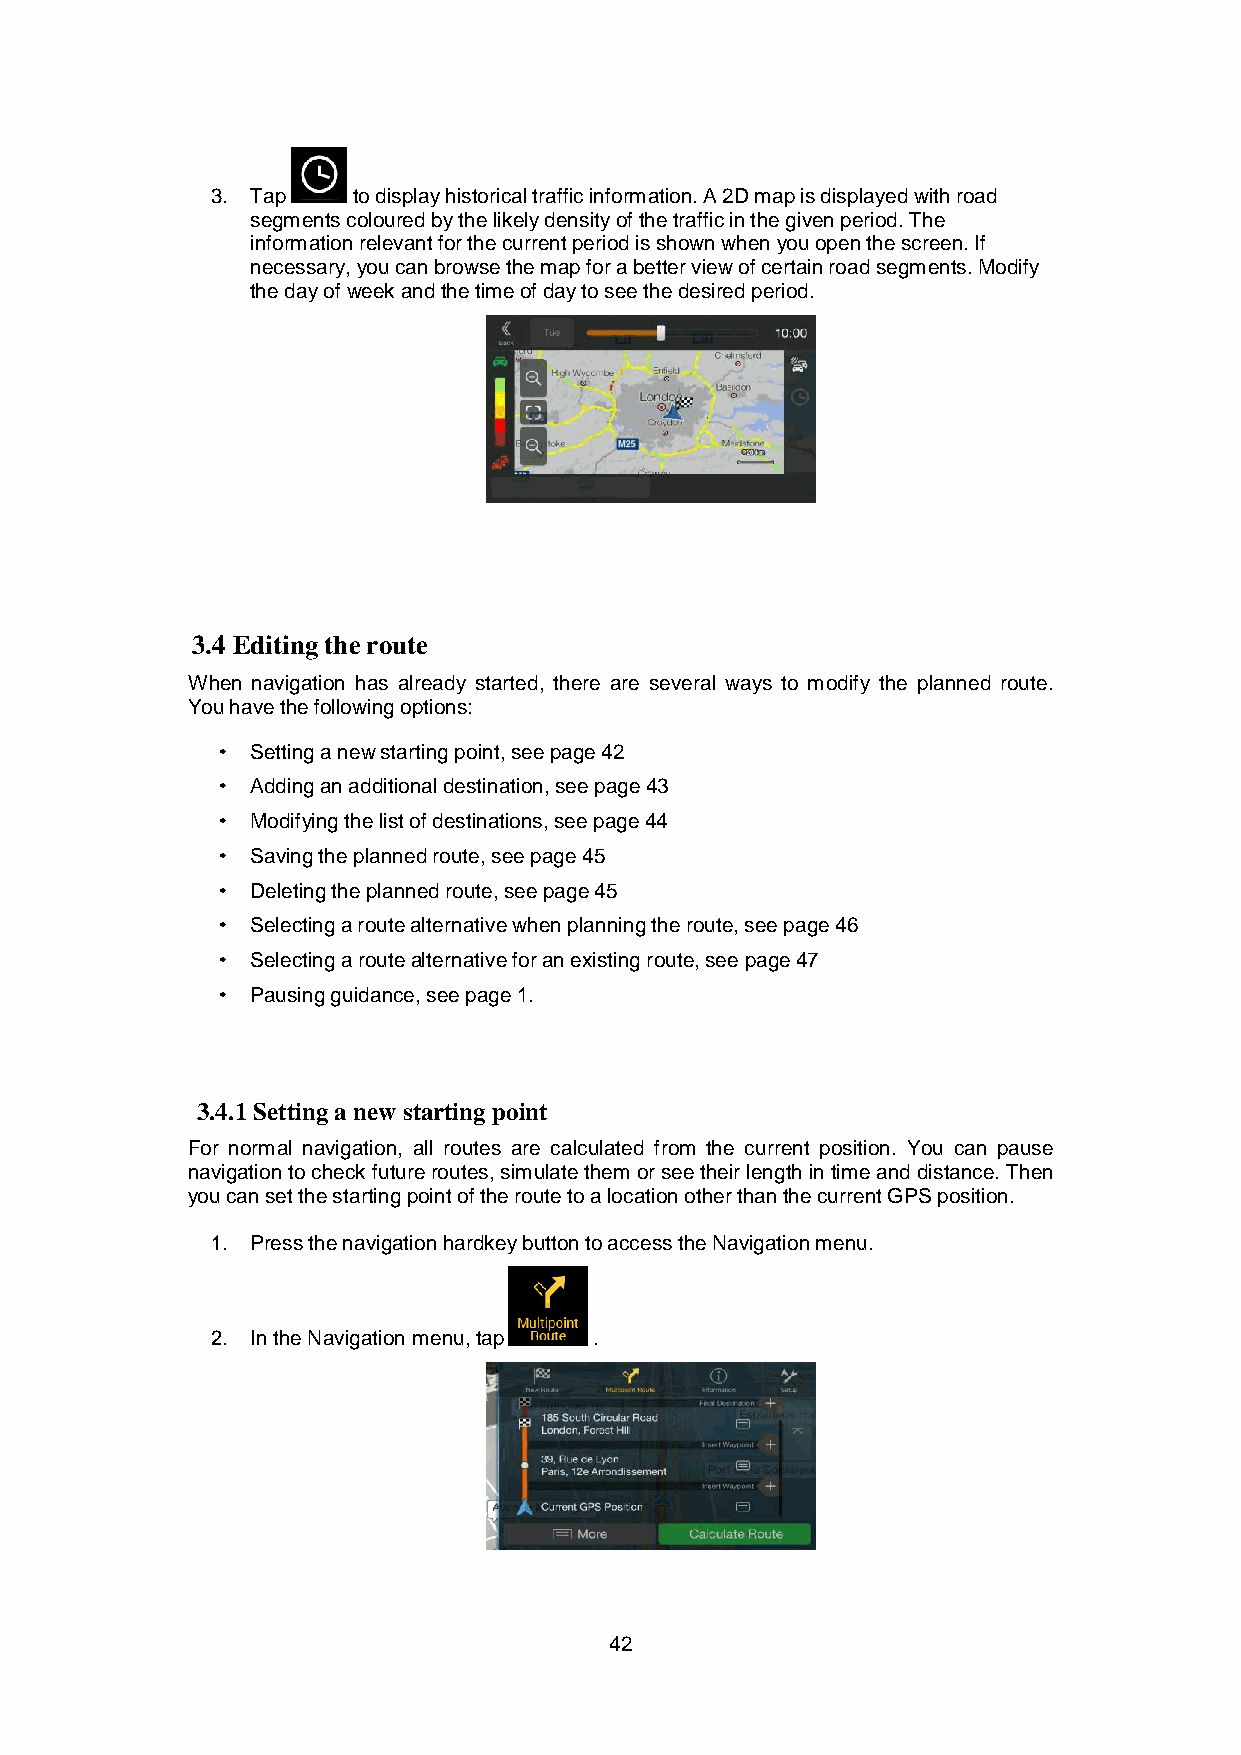
3. Tap   to display historical traffic information. A 2D map is displayed with road
 segments coloured by the likely density of the traffic in the given period. The
 information relevant for the current period is shown when you open the screen. If
 necessary, you can browse the map for a better view of certain road segments. Modify
 the day of week and the time of day to see the desired period.
 3.4 Editing the route
 When navigation has already started, there are several ways to modify the planned route.
 You have the following options:
 Setting a new starting point, see page 42
 Adding an additional destination, see page 43
 Modifying the list of destinations, see page 44
 Saving the planned route, see page 45
 Deleting the planned route, see page 45
 Selecting a route alternative when planning the route, see page 46
 Selecting a route alternative for an existing route, see page 47
 Pausing guidance, see page 1.
 3.4.1 Setting a new starting point
 For normal navigation, all routes are calculated from the current position. You can pause
 navigation to check future routes, simulate them or see their length in time and distance. Then
 you can set the starting point of the route to a location other than the current GPS position.
 1. Press the navigation hardkey button to access the Navigation menu.
 2. In the Navigation menu, tap .
 42